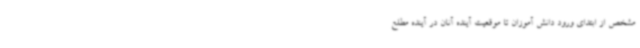
مشخص از ابتدای ورود دانش آموزان تا موقعیت آینده آنان در آینده مطلع